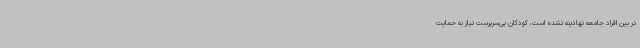
در بین افراد جامعه نهادینه نشده است، کودکان بی‌سرپرست نیاز به حمایت